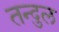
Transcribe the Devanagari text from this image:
तन्दुल